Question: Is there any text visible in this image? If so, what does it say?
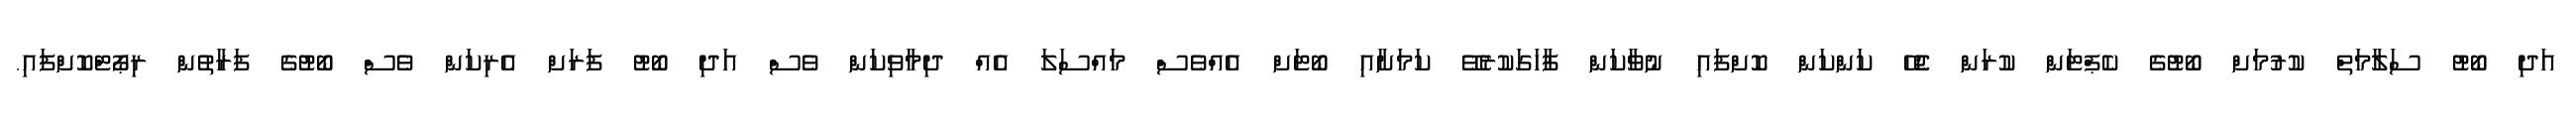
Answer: އަދި ބޯޓު ސަލާމަތް ކުރުމަށް ބޯޓުގެ ކެޕްޓަން ކުރަން ޖެހޭ ކަންކަން ކޮށްފައި ނުވާކަން ފާހަގަކުރެވޭ ކަމަށާއި ބޯޓަށް އެއްވެސް މައްސަލަ އެއް ދިމާވިކަން ވެސް އަދި ބޯޓު ފަރަށް އެރިކަން ވެސް ބޯޓުގެ ފަރާތުން ރިޕޯޓްކޮށްފައި.